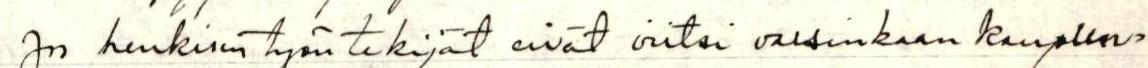
Jos henkisen työn tekijät eivät viitsi varsinkaan kaupun=